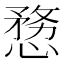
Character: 𭞤